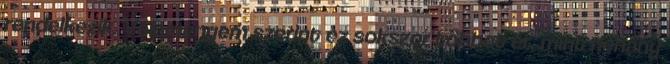
rendelkezik. Véleményem szerint ez sokszor többet ér, mint néhány